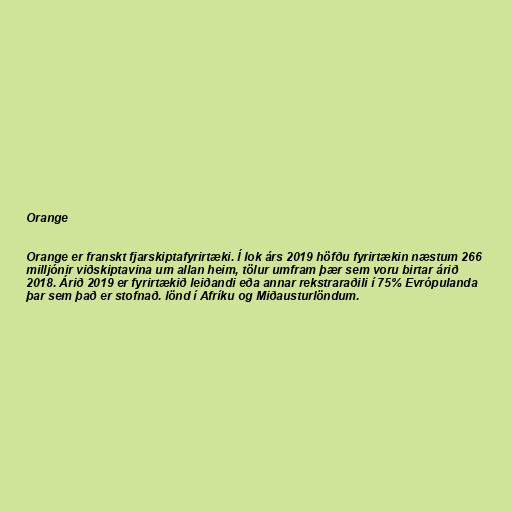
Orange

Orange er franskt fjarskiptafyrirtæki. Í lok árs 2019 höfðu fyrirtækin næstum 266
milljónir viðskiptavina um allan heim, tölur umfram þær sem voru birtar árið
2018. Árið 2019 er fyrirtækið leiðandi eða annar rekstraraðili í 75% Evrópulanda
þar sem það er stofnað. lönd í Afríku og Miðausturlöndum.